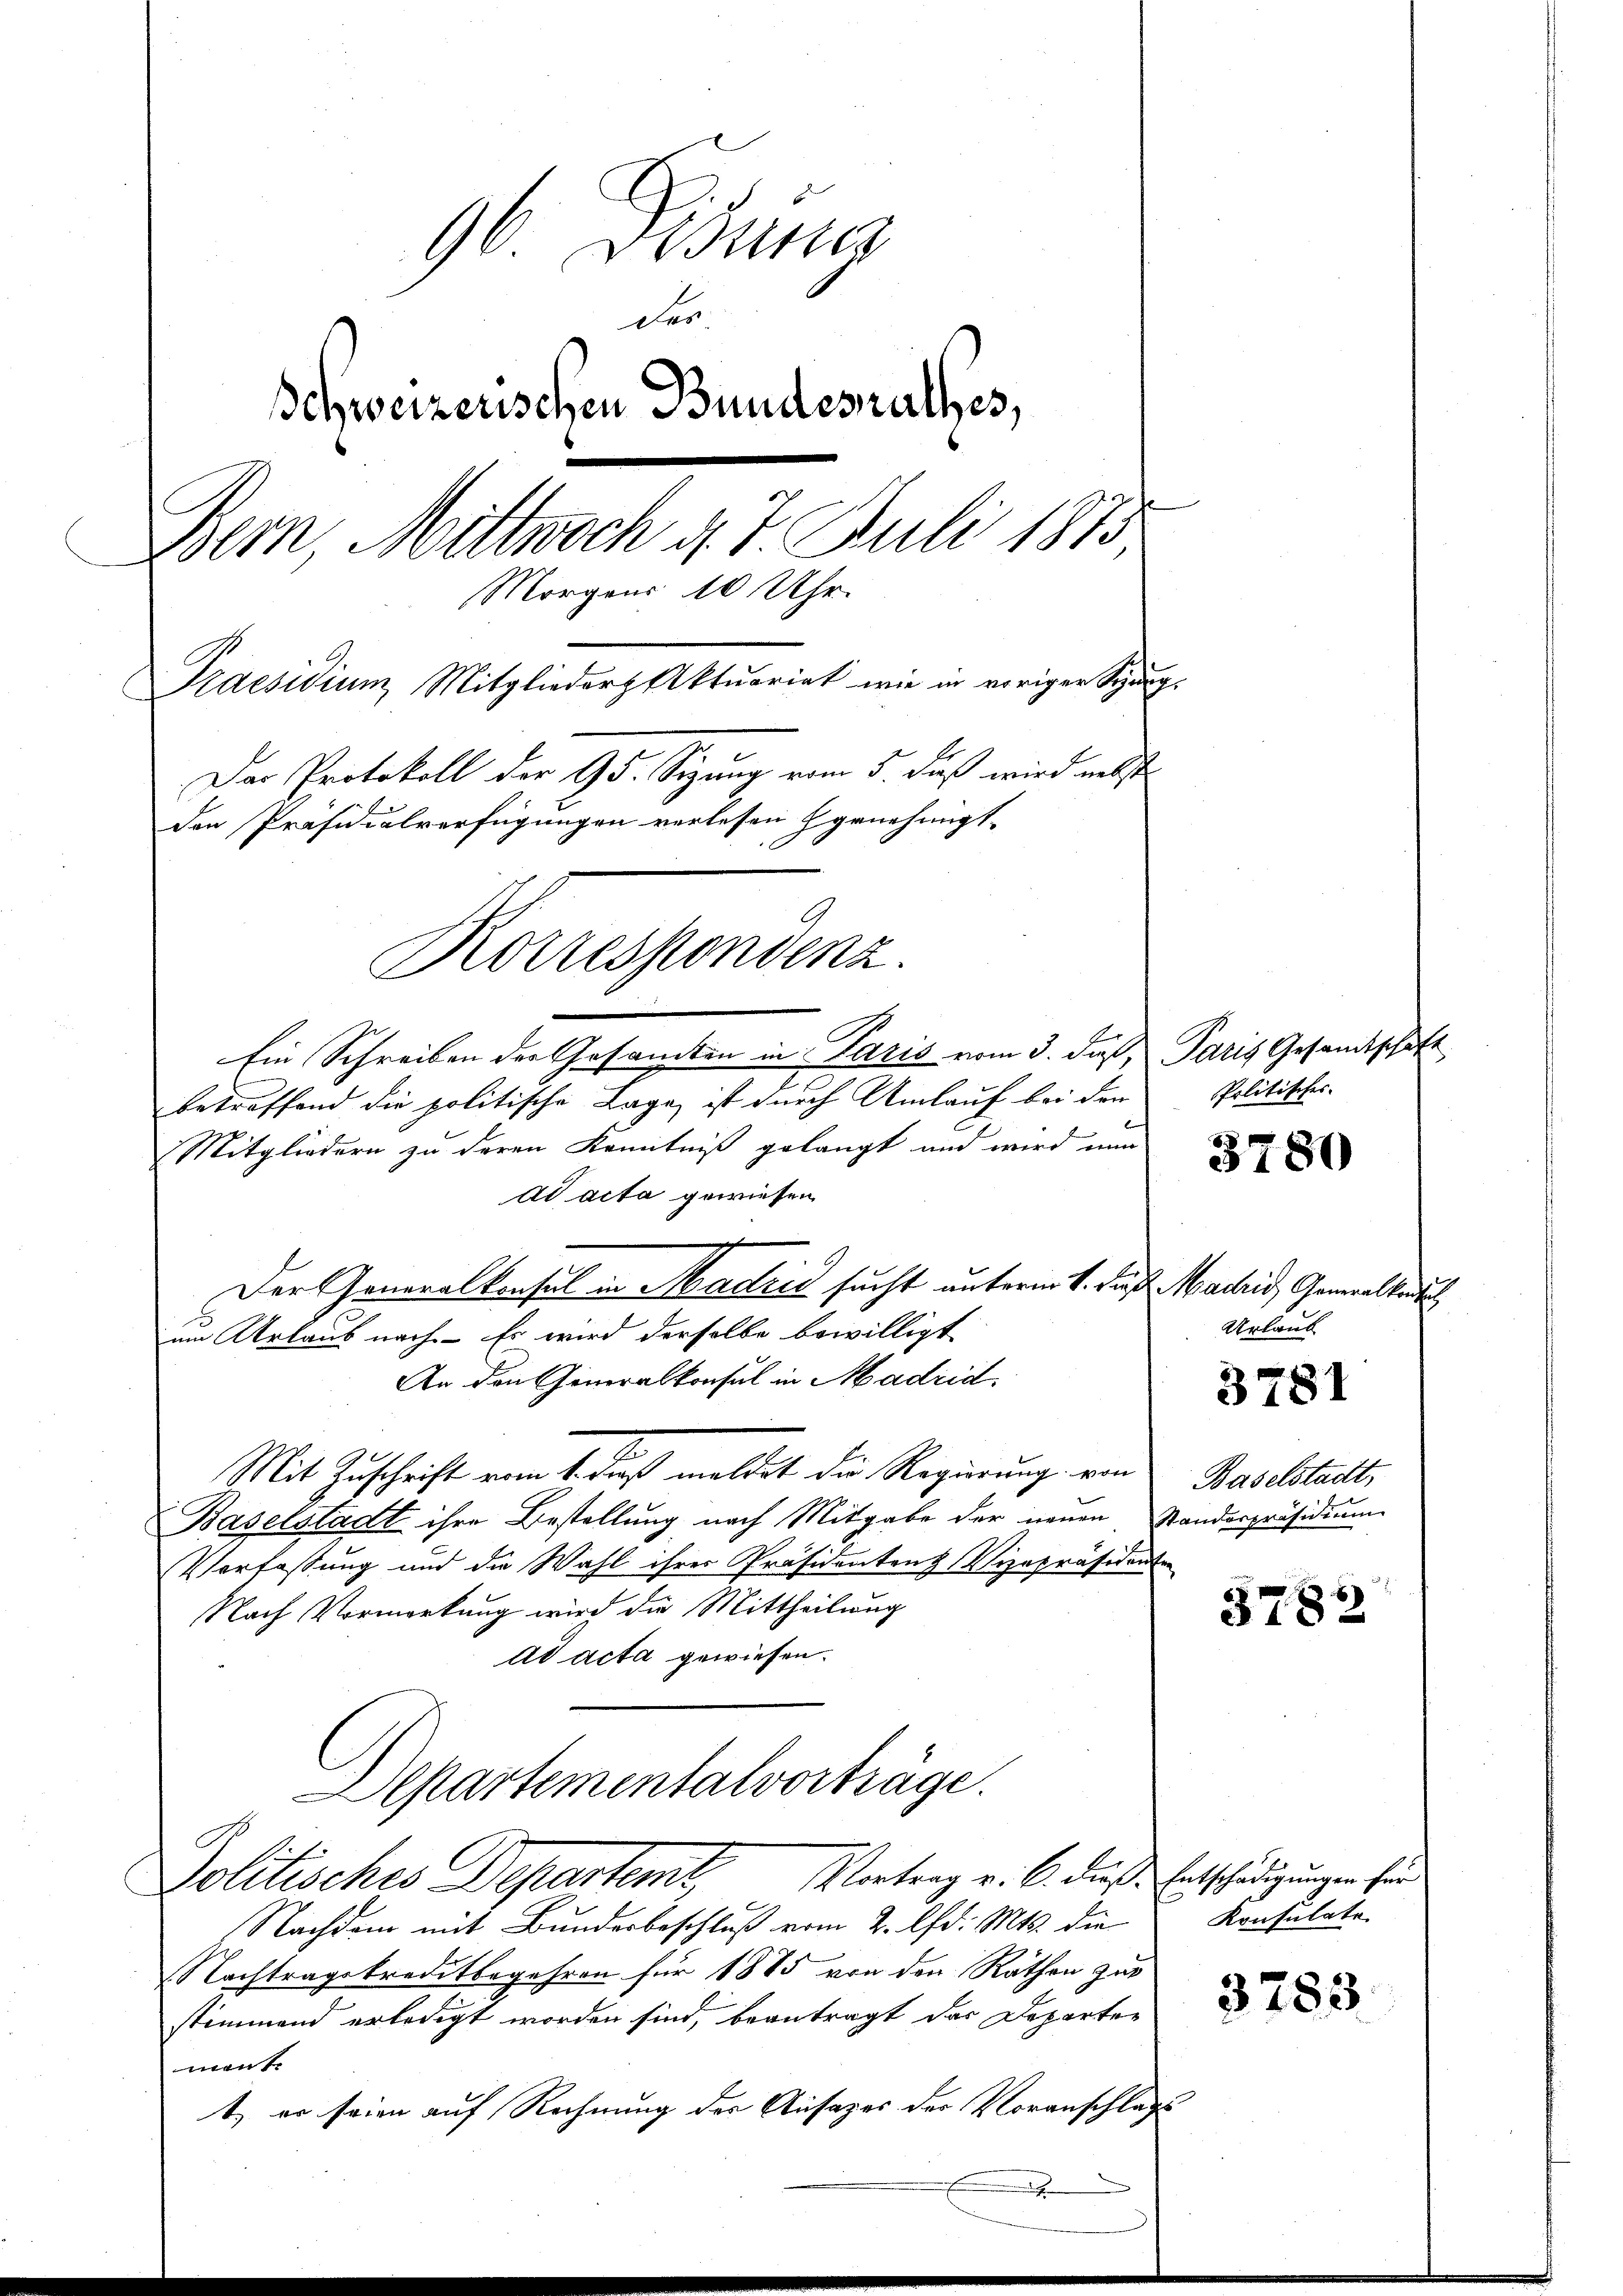
96 Fisung
des.
Schweizerischen Bundesrathes,
Bern, Mittwoch d. 7. Juli 1875
Morgens 10 Uhr.
Praesidium, Mitglieder Aktuariat wie in voriger Sieg-
Der Protokoll der 95. Sizung vom 5. dieß wird nebste
den Präsidialverfügungen verlesen genehmigt.
Korrespondenz.

Ein Schreiben der Gesamten in Paris vom 3. dieß, Paris Gesandtschaft
betreffend die politische Lage ist durch Umlauf bei der
Mitgliedern zu deren Kenntniß gelangt und wird nun
ad acta gewiesen
Der Generalkonsul in Madrid sucht unterm 1. daß Machid, Gewalten
zum Urlaub nach. - Es wird derselbe bewilligt
An den Generalkonsul in Madrid.
Mit Zuschrift vom 1. dieß meldet die Regierung von Baselstadt,
Baselstadt ihre Bestellung nach Mitgabe der neuen Standespräsidium
Verfassung und die Wahl ihrer Präsidentenz Vizepräsidenten
Nach Vormerkung wird die Mittheilung
ad acta gewiesen.
Departementalvorträge.
Politisches Departemt, Vortrag v. 6. diese Entschädigungen hier
Nachdem mit Bundesbeschluß vom 2. lfd. Mts. die
Nachtragskreditbegehren für 1885 von den Rathen zur
stimmend erledigt worden sind, beantragt das Departer
mont.
t, er seien auf Rechnung der Ansages der Voranschlag

.

Politisches

3780

Urlaub

3781

5782

Konsulate

3783.